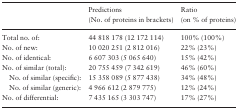
|  | Predictions (No. of proteins in brackets) | Ratio (on % of proteins) |
 | --- | --- | --- |
 | Total no. of: | 44 818 178 (12 172 114) | 100% (100%) |
 | No. of new: | 10 020 251 (2 812 016) | 22% (23%) |
 | No. of identical: | 6 607 303 (5 065 640) | 15% (42%) |
 | No. of similar (total): | 20 755 459 (7 342 619) | 46% (60%) |
 | No. of similar (specific): | 15 358 089 (5 877 438) | 34% (48%) |
 | No. of similar (generic): | 4 966 612 (2 879 775) | 12% (24%) |
 | No. of differential: | 7 435 165 (3 303 747) | 17% (27%) |